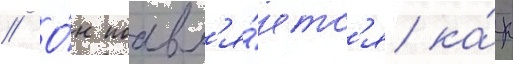
// О́н поавл'я́етс'я ка́к